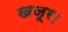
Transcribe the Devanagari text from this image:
खजूर।